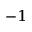
^ { - 1 }